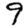
Digit: 9